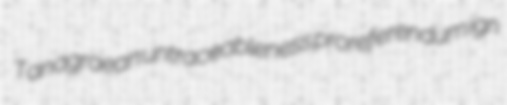
Tanagraean untraceableness proreferendum ign